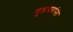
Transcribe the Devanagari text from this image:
गुप्तचरांना